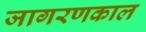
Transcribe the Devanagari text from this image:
जागरणकाल